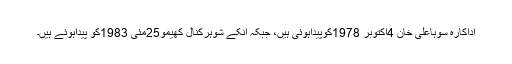
اداکارہ سوہاعلی خان 4اکتوبر 1978کوپیداہوئی ہیں، جبکہ انکے شوہرکنال کھیمو25مئی 1983کو پیداہوئے ہیں۔